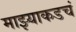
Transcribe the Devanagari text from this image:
माझ्याकडचं